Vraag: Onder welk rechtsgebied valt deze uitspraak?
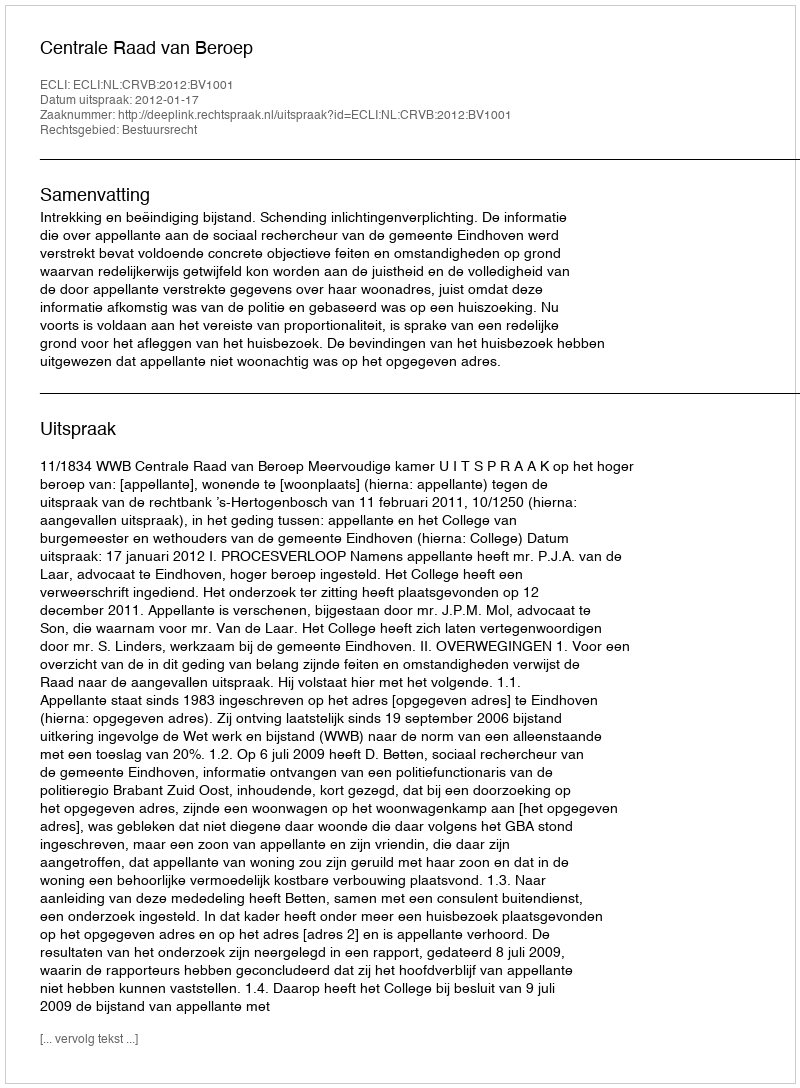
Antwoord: Bestuursrecht